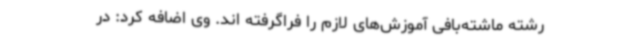
رشته ماشته‌بافی آموزش‌های لازم را فراگرفته اند. وی اضافه کرد: در